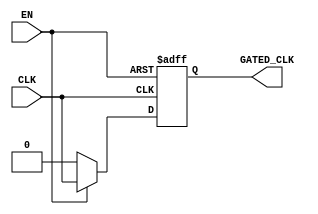
module ClockGating (
    input wire CLK,        // Primary clock signal
    input wire EN,         // Enable signal
    output reg GATED_CLK   // Gated clock output
);

// Internal signal to control gating
reg gated_clk_temp;

// Always block to implement clock gating logic
always @(*) begin
    if (EN) begin
        gated_clk_temp = CLK; // Pass through clock when enabled
    end else begin
        gated_clk_temp = 1'b0; // Grounded when disabled
    end
end

// Clock output assignment
always @(posedge CLK or negedge EN) begin
    if (!EN) begin
        GATED_CLK <= 1'b0; // Asynchronous reset of GATED_CLK when EN is low
    end else begin
        GATED_CLK <= gated_clk_temp; // Update GATED_CLK with gated_clk_temp
    end
end

endmodule